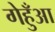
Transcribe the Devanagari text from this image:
गेहुँआ